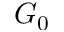
G _ { 0 }